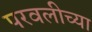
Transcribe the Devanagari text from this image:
परवलीच्या